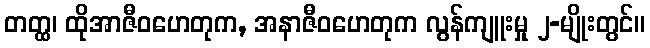
တတ္ထ၊ ထိုအာဇီဝဟေတုက, အနာဇီဝဟေတုက လွန်ကျူးမှု ၂-မျိုးတွင်။